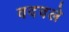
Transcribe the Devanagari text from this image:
वदवले